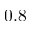
0 . 8